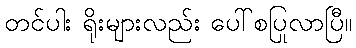
တင်ပါး ရိုးများလည်း ပေါ်စပြုလာပြီ။